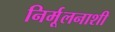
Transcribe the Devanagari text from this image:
निर्मूलनाशी